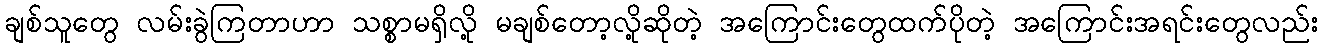
ချစ်သူတွေ လမ်းခွဲကြတာဟာ သစ္စာမရှိလို့ မချစ်တော့လို့ဆိုတဲ့ အကြောင်းတွေထက်ပိုတဲ့ အကြောင်းအရင်းတွေလည်း